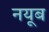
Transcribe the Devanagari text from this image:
नयूब